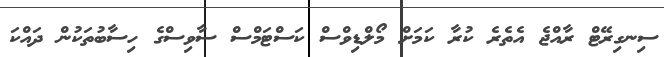
ސިނގިރޭޓް ރާއްޖެ އެތެރެ ކުރާ ކަމަށް މޯލްޑިވްސް ކަސްޓަމްސް ސާވިސްގެ ހިސާބުތަކުން ދައްކަ